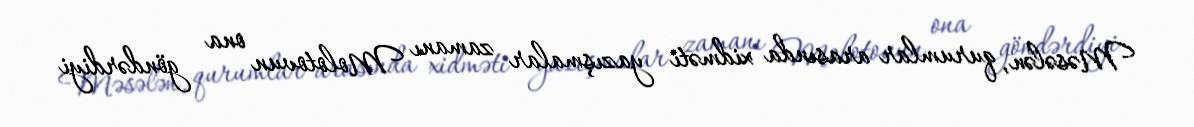
Məsələn, qurumlar arasında xidməti yazışmalar zamanı Molotovun ona göndərdiyi